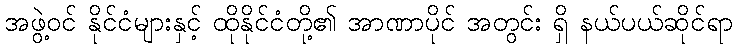
အဖွဲ့ဝင် နိုင်ငံများနှင့် ထိုနိုင်ငံတို့၏ အာဏာပိုင် အတွင်း ရှိ နယ်ပယ်ဆိုင်ရာ